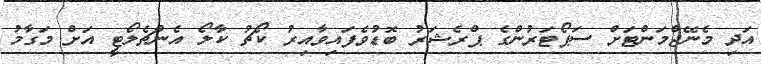
އަދި މެނޭޖްމަންޓަށް ސަޕޯޓަރުންގެ ޕްރެޝަރު ބޮޑުވެފައިވާއިރު ކޯޗު ކާލޯ އެންޗެލޯޓީ އަށް މަގާމު